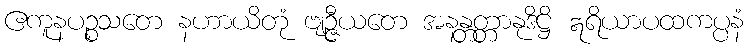
ဧကူနပဉ္စသတေ နဟာယိတုံ ဗျဉ္ဇီယတေ အနန္တတ္တာနုဒိဋ္ဌိ ဣရိယာပထကပ္ပနံ